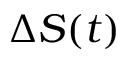
\Delta S ( t )